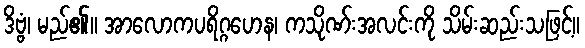
ဒိဗ္ဗံ၊ မည်၏။ အာလောကပရိဂ္ဂဟေန၊ ကသိုဏ်းအလင်းကို သိမ်းဆည်းသဖြင့်။